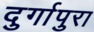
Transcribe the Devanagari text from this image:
दुर्गापुरा